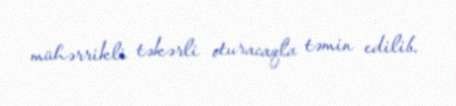
mühərrikli təkərli oturacaqla təmin edilib.